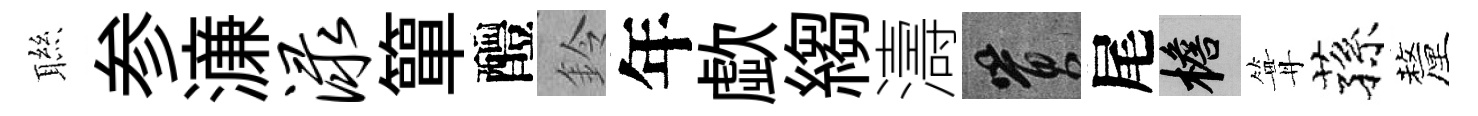
聮参濓渌簞醴鈴年歔縐濤篔尾檐篝蓀釐